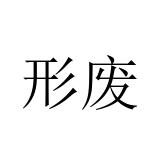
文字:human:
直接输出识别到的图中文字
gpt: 形废